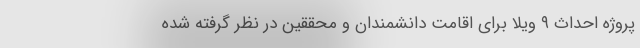
پروژه احداث ۹ ویلا برای اقامت دانشمندان و محققین در نظر گرفته شده